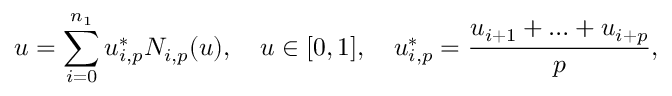
u = \sum _ { i = 0 } ^ { n _ { 1 } } u _ { i , p } ^ { * } N _ { i , p } ( u ) , \quad u \in [ 0 , 1 ] , \quad u _ { i , p } ^ { * } = \frac { u _ { i + 1 } + \ldots + u _ { i + p } } { p } ,